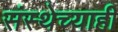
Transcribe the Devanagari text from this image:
संस्थेच्याही